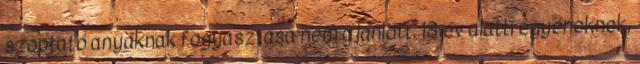
szoptató anyáknak fogyasztása nem ajánlott. 18 év alatti egyéneknek,